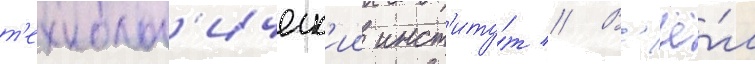
т'ехнолог'ическ'ии инст'иту́т // В'ё́л